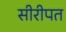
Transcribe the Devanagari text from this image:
सीरीपत